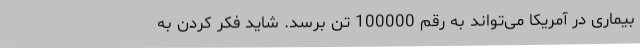
بیماری در آمریکا می‌تواند به رقم 100000 تن برسد. شاید فکر کردن به